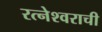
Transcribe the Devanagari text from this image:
रत्नेश्वराची